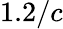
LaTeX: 1.2/c